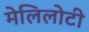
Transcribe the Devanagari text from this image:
मेलिलोटी